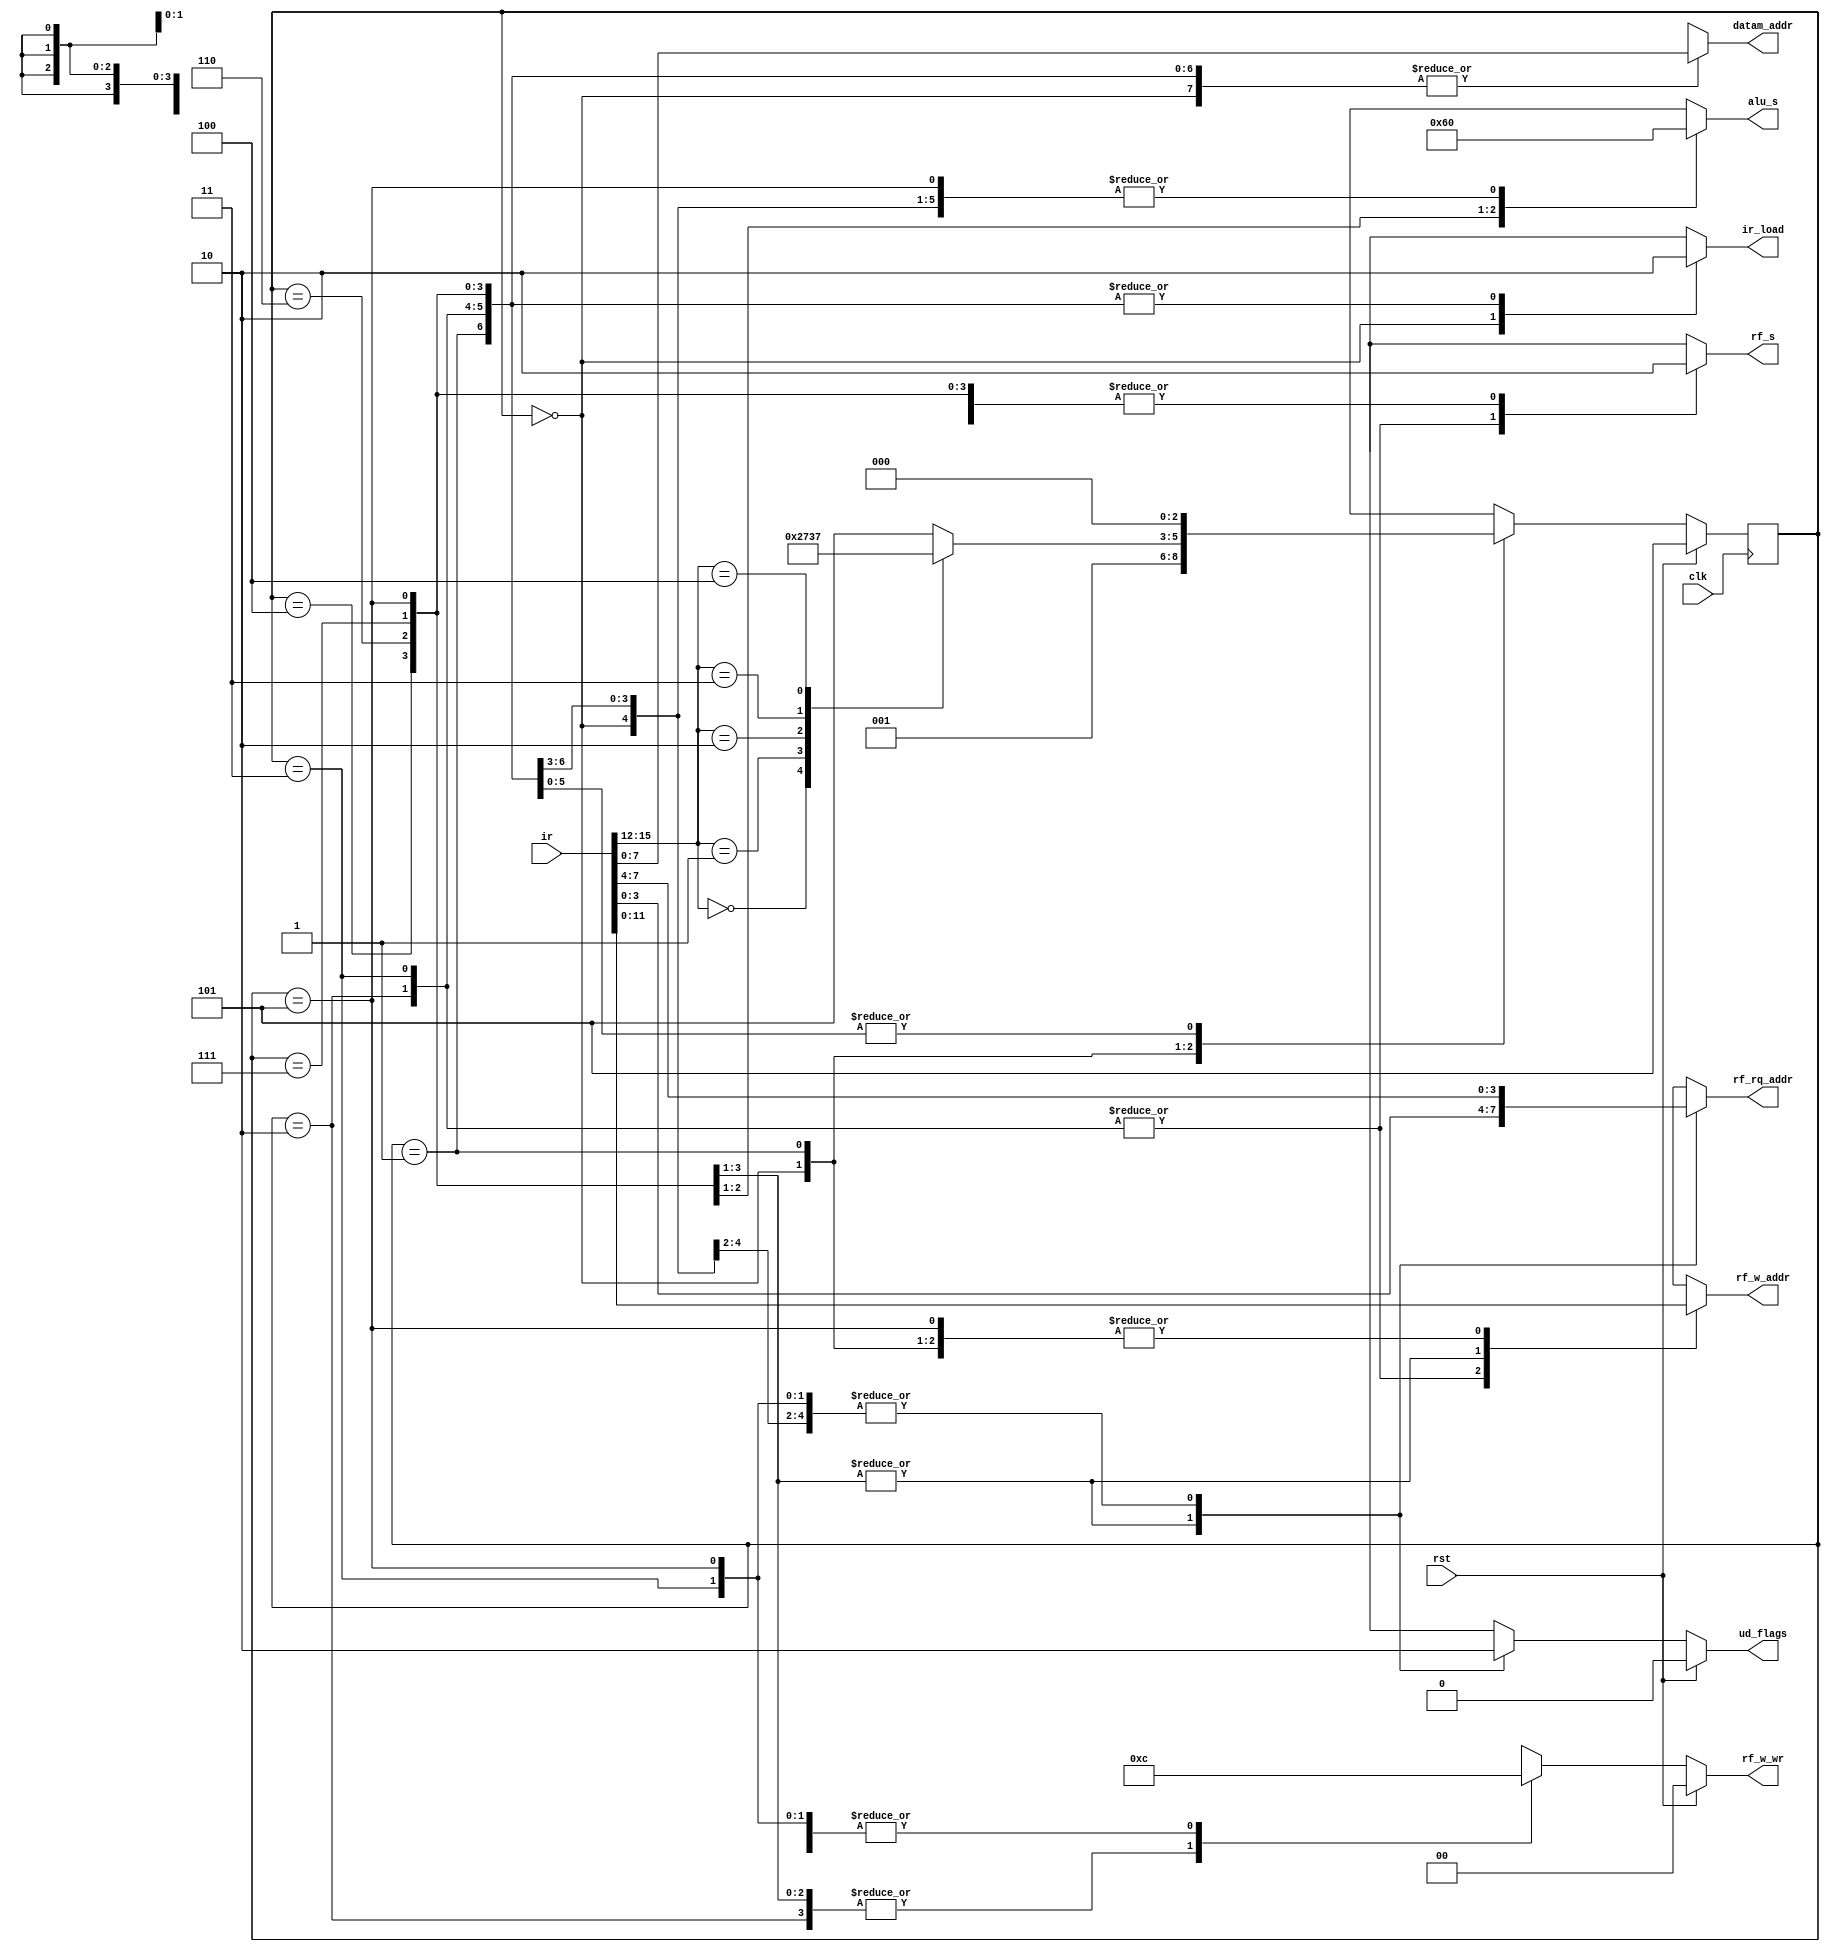
//
// lab12 : version 11/15/2012
//           
`timescale 1ns / 1ps
//////////////////////////////////////////////////////////////////////////////////
//////////////////////////////////////////////////////////////////////////////////
module bp_cu(
	input clk,
	input rst,
	input [15:0] ir,
	output reg ir_load,
	output reg rf_s,
	output reg [2:0] alu_s,
	output reg [3:0] rf_w_addr,
	output reg [3:0] rf_rq_addr,
	output reg [1:0] rf_w_wr,
	output reg ud_flags,
	output reg [7:0] datam_addr
	);

	// define states
	parameter FETCH=0, DECODE=1, LOAD=2, STORE=3, ADDR=4, IDLE=5, INCR=6;
	parameter MOVR=7;
	// define instruction codes for decoding
	parameter CODE_LOAD=4'b0000, CODE_STORE=4'b0001, CODE_ADDR=4'b0010;
	parameter CODE_INCR=4'b0011, CODE_MOVR=4'b0100;

	// registers for holding the state
	reg [2:0] state, next_state;

	// synchronous logic
	always @(posedge clk) begin
		state <= next_state;
	end

	// combinational logic
	always @(rst, ir, state) begin
		// define defaults
		ir_load = 0;	// load the instruction register
		rf_s = 0;	// input mux selector
		alu_s = 3'b000;	// alu function selector
		rf_w_addr = ir[3:0];	// register file write address
		rf_rq_addr = ir[7:4];	// register file read port q address
		rf_w_wr = 2'b00;	// register file write enable (2 bytes)
		ud_flags = 0;	// enable update flag register
		datam_addr = ir[7:0];	// data memory address bus
		next_state = state;

		// main logic
		case(state)
			FETCH: begin
				ir_load = 1;	// load the instruction register
				next_state = DECODE;
			end
			DECODE: begin
				// decoder
				case(ir[15:12])
					CODE_LOAD: next_state = LOAD;
					CODE_STORE: next_state = STORE;
					CODE_ADDR: next_state = ADDR;
					CODE_INCR: next_state = INCR;
					CODE_MOVR: next_state = MOVR;
					default: next_state = IDLE;
				endcase	// end of decoding case
			end	// end of decode state
			LOAD: begin
				rf_s = 1;	// input mux selector
				rf_w_addr = ir[11:8];	// register file write address
				rf_w_wr = 2'b11;	// register file write enable (2 bytes)
				ud_flags = 0;	// enable update flag register
				datam_addr = ir[7:0];	// data memory address bus
				next_state = FETCH;	// get ready for next one
			end
			STORE: begin
				rf_s = 1;       // input mux selector
            rf_w_addr = ir[11:8];   // register file read address
            rf_w_wr = 2'b00;        // register file read  disable (2 bytes)
            ud_flags = 0;   // enable update flag register
            datam_addr = ir[7:0];   // data memory address bus
            next_state = FETCH;     // get ready for next one
	
			end
			
			ADDR: begin	// add register
				rf_s = 0;
				alu_s = 3'b000;	
				rf_w_addr = ir[7:4];
				rf_rq_addr = ir[3:0];
				rf_w_wr = 2'b11;
				ud_flags = 1;			
				next_state = FETCH;	
			end

			INCR: begin	// increment register
				rf_s = 0;
				alu_s = 3'b001;
				rf_w_addr = ir[7:4];
				rf_rq_addr = ir[3:0];
				rf_w_wr = 2'b11;
				ud_flags = 1;
				next_state = FETCH;	
			end
			MOVR: begin	// register to register move
				rf_s = 0;
                                alu_s = 3'b100;
                                rf_w_addr = ir[7:4];
                                rf_rq_addr = ir[3:0];
                                rf_w_wr = 2'b11;
                                ud_flags = 1;
                                next_state = FETCH;

			end
			IDLE: begin	// no-op state - do nothing - set outputs to the defaults
				next_state = FETCH;
			end
			default: begin	// no-op state - do nothing - set outputs to the defaults
				next_state = FETCH;
			end
		endcase
		// priority logic
		if (rst == 1) begin
			next_state = IDLE;
			rf_w_wr = 2'b00;
			ud_flags = 0;
		end

	end	// end of always loop

endmodule